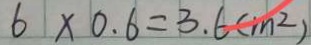
6 \times 0 . 6 = 3 . 6 ( m ^ { 2 } )